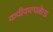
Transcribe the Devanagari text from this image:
कवीकल्पनेला